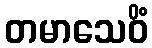
တမာသေဝိံ